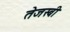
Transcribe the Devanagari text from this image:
तेजस्बी